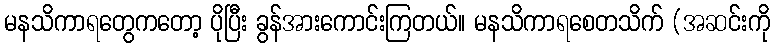
မနသိကာရတွေကတော့ ပိုပြီး ခွန်အားကောင်းကြတယ်။ မနသိကာရစေတသိက် (အဆင်းကို